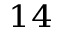
^ { 1 4 }